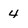
Character: 4